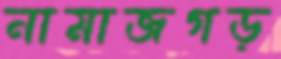
নামাজগড়